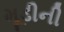
મૂડીની